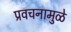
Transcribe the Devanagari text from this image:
प्रवचनामुळे